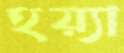
হয়্যা